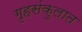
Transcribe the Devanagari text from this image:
गृहसंकुलात